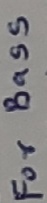
Text: For bass